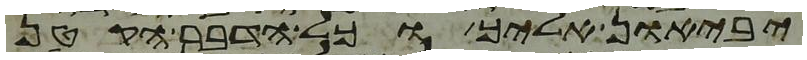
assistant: יביאון אליך וכל הדבר הקטן